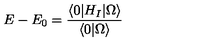
E - E _ { 0 } = \frac { \langle 0 | H _ { I } | \Omega \rangle } { \langle 0 | \Omega \rangle }